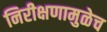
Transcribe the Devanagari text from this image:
निरीक्षणामुळेच